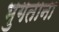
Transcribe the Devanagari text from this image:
भुगताना